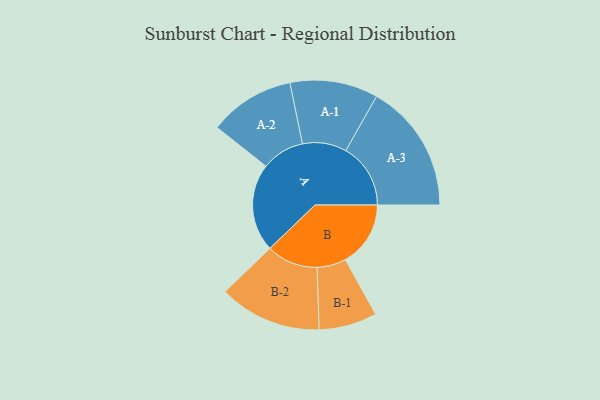
{"axis": {"x": "Segment", "y": "Value"}, "legend": ["", "A", "B"], "data": [{"x": "A", "y": 382, "type": ""}, {"x": "B", "y": 283, "type": ""}, {"x": "A-1", "y": 191, "type": "A"}, {"x": "A-2", "y": 186, "type": "A"}, {"x": "A-3", "y": 281, "type": "A"}, {"x": "B-1", "y": 126, "type": "B"}, {"x": "B-2", "y": 223, "type": "B"}]}